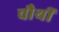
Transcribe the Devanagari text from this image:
चौथीं